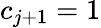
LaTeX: c_{j+1}=1